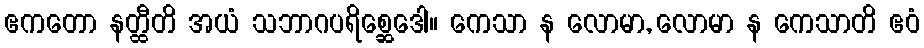
ဧကတော နတ္ထီတိ အယံ သဘာဂပရိစ္ဆေဒေါ။ ကေသာ န လောမာ, လောမာ န ကေသာတိ ဧဝံ